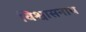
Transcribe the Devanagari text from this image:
विश्वासनाथ